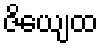
ဇိယျေထ